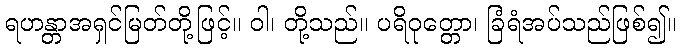
ရဟန္တာအရှင်မြတ်တို့ဖြင့်။ ဝါ၊ တို့သည်။ ပရိဝုတ္တော၊ ခြံရံအပ်သည်ဖြစ်၍။